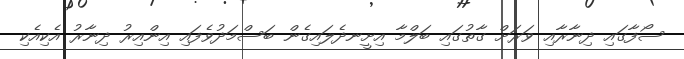
ސޯފާގައި ދިނާރާއި ވަރަށް ގާތުގައި ބަލްމާ އިށީނދެލައިގެން ބަސްމަދުވެފައި އިންއިރު ދިނާރު އެކިއެކި